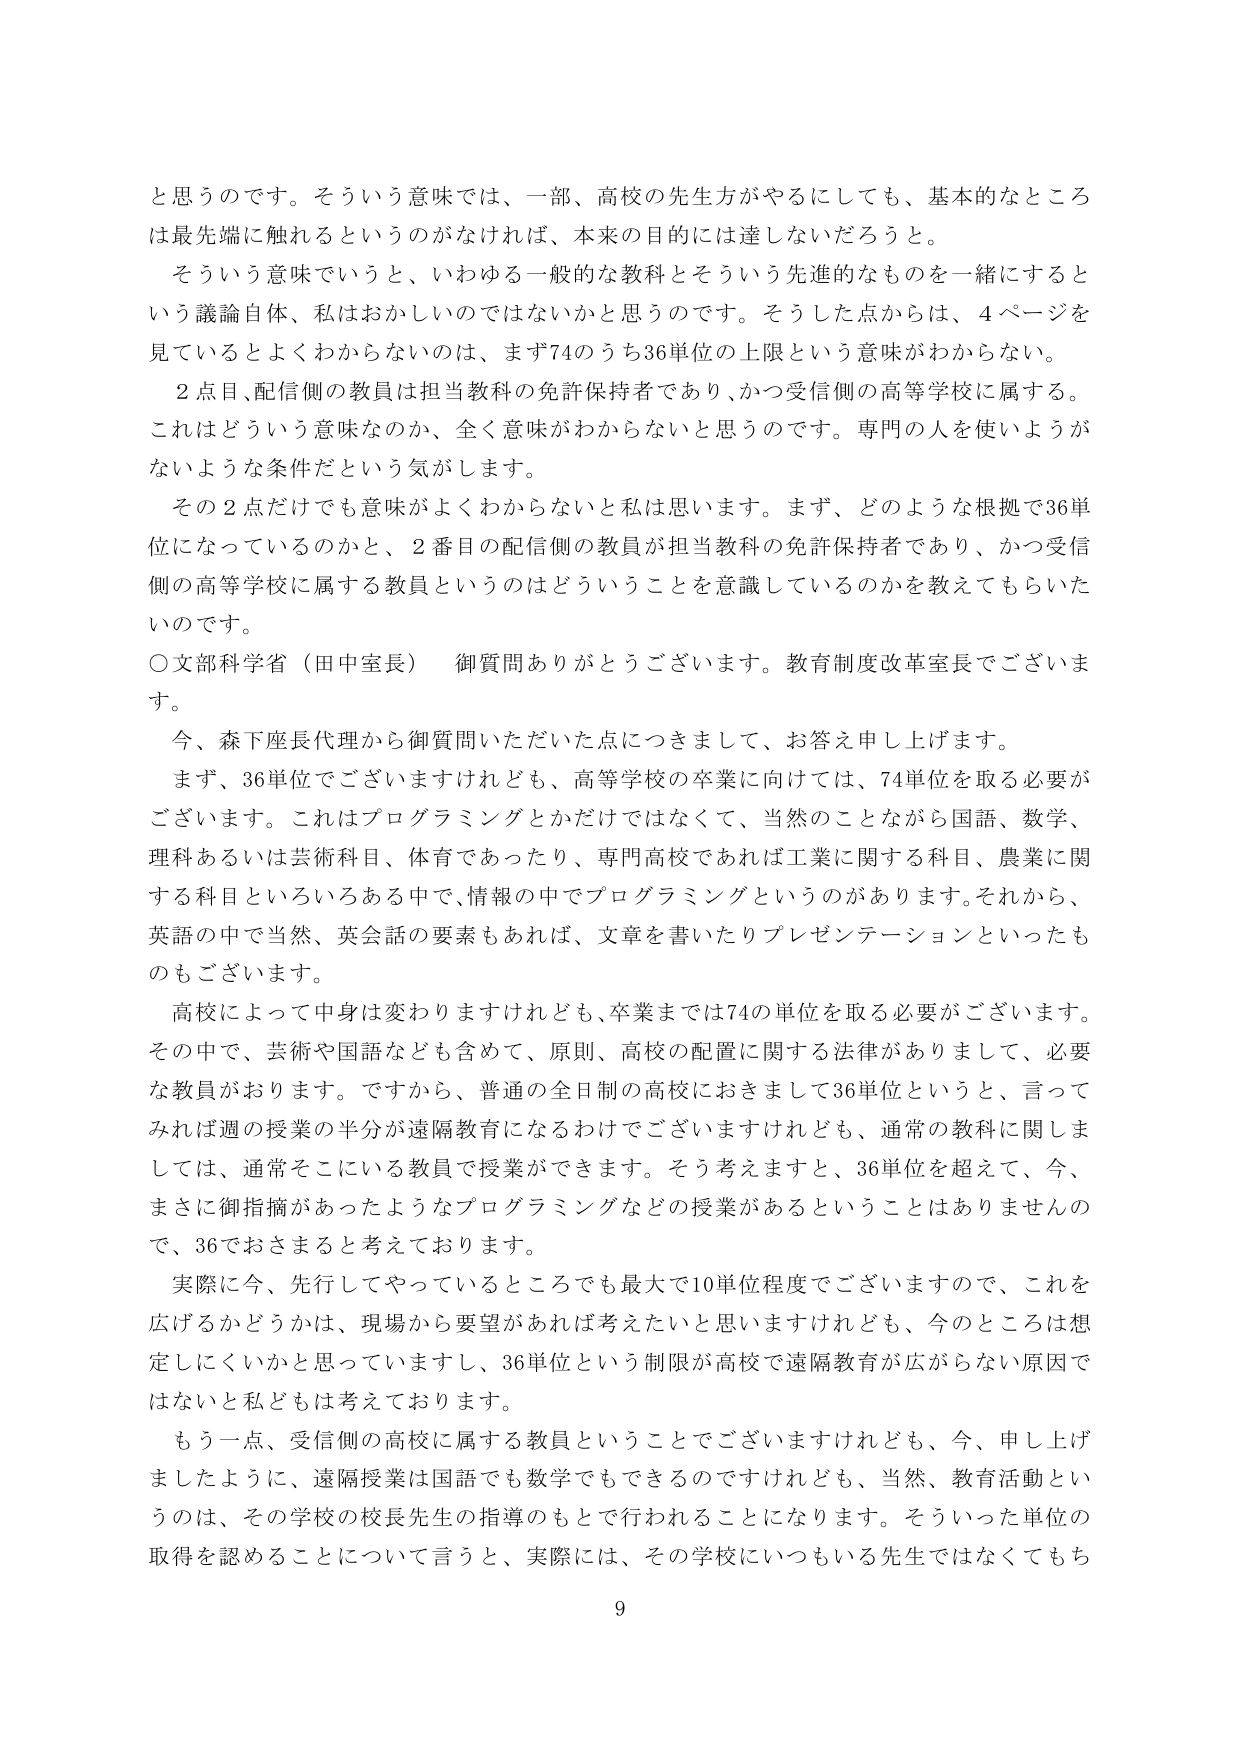
と思うのです。そういう意味では、一部、高校の先生方がやるにしても、基本的なところは最先端に触れるというのがなければ、本来の目的には達しないだろうと。

そういう意味でいうと、いわゆる一般的な教科とそういう先進的なものを一緒にするという議論自体、私はおかしいのではないかと思うのです。そうした点からは、4ページを見ていてよくわからないのは、まず74のうち36単位の上限という意味がわからない。

2点目、配信側の教員は担当教科の免許保持者であり、かつ受信側の高等学校に属する。これはどういう意味なのか、全く意味がわからないと思うのです。専門の人を使いようがないような条件だという気がします。

その2点だけでも意味がよくわからないと私は思います。まず、どのような根拠で36単位になっているのかと、2番目の配信側の教員が担当教科の免許保持者であり、かつ受信側の高等学校に属する教員というのはどういうことを意識しているのかを教えてもらいたいのです。

○文部科学省（田中室長） 御質問ありがとうございます。教育制度改革室長でございます。

今、森下座長代理から御質問いただいた点につきまして、お答え申し上げます。

まず、36単位でございますけれども、高等学校の卒業に向けては、74単位を取る必要があります。これはプログラミングとかだけではなくて、当然のことながら国語、数学、理科あるいは芸術科目、体育であったり、専門高校であれば工業に関する科目、農業に関する科目といろいろある中で、情報の中でプログラミングというのがあります。それから、英語の中で当然、英会話の要素もあれば、文章を書いたりプレゼンテーションといったものもございます。

高校によって中身は変わりますけれども、卒業までは74の単位を取る必要があります。その中で、芸術や国語なども含めて、原則、高校の配置に関する法律がありまして、必要な教員がおります。ですから、普通の全日制の高校におきまして36単位というと、言ってみれば週の授業の半分が遠隔教育になるわけでございますけれども、通常の教科に関しましては、通常そこにいる教員で授業ができます。そう考えますと、36単位を超えて、今、まさに御指摘があったようなプログラミングなどの授業があるということはありませんので、36でおさまると考えております。

実際に今、先行してやっているところでも最大で10単位程度でございますので、これを広げるかどうかは、現場から要望があれば考えたいと思いますけれども、今のところは想定しにくいかと思っていますし、36単位という制限が高校で遠隔教育が広がらない原因ではないと私どもは考えております。

もう一点、受信側の高校に属する教員ということでございますけれども、今、申し上げましたように、遠隔授業は国語でも数学でもできるのですけれども、当然、教育活動というのは、その学校の校長先生の指導のもとで行われることになります。そういった単位の取得を認めることについて言うと、実際には、その学校にいつもいる先生ではなくてもち

9